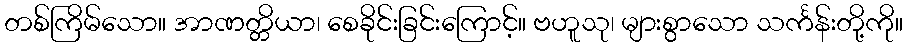
တစ်ကြိမ်သော။ အာဏတ္တိယာ၊ စေခိုင်းခြင်းကြောင့်။ ဗဟူသု၊ များစွာသော သင်္ကန်းတို့ကို။